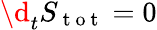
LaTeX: \d_{t}S_{\mathrm{~t~o~t~}}=0